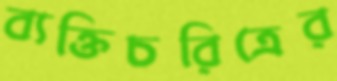
ব্যক্তিচরিত্রের